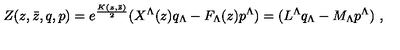
Z ( z , \bar { z } , q , p ) = e ^ { \frac { K ( z , \bar { z } ) } { 2 } } ( X ^ { \Lambda } ( z ) q _ { \Lambda } - F _ { \Lambda } ( z ) p ^ { \Lambda } ) = ( L ^ { \Lambda } q _ { \Lambda } - M _ { \Lambda } p ^ { \Lambda } ) \ ,